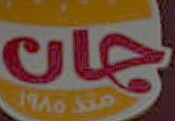
جان